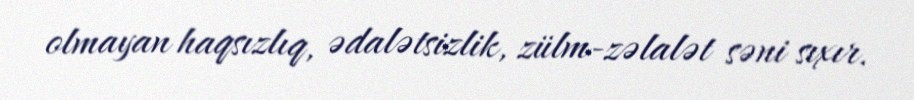
olmayan haqsızlıq, ədalətsizlik, zülm-zəlalət səni sıxır.